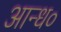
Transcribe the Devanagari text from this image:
आन्ध०